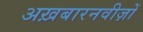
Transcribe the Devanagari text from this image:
अख़बारनवीज़ों